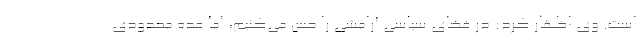
است. وی اظهار کرد: در فضای سیاسی آرامشی را حس می‌کنیم، اما عده محدودی